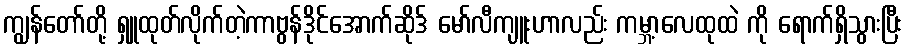
ကျွန်တော်တို့ ရှူထုတ်လိုက်တဲ့ကာဗွန်ဒိုင်အောက်ဆိုဒ် မော်လီကျူးဟာလည်း ကမ္ဘာ့လေထုထဲ ကို ရောက်ရှိသွားပြီး